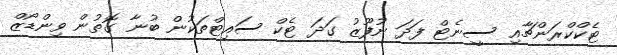
ޓެކްކްރަންޗާއި ސީނެޓް ފަދަ ނުފޫޒު ގަދަ ޓެކް ސައިޓްތަކުން ބުނާ ގޮތުން ވިންޑޯޒް